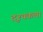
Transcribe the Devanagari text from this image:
दृश्‍यकला